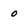
Character: 0